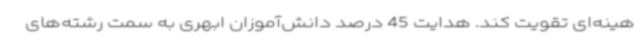
هینه‌ای تقویت کند. هدایت 45 درصد دانش‌آموزان ابهری به سمت رشته‌های